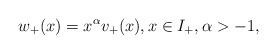
LaTeX: \begin{align*} w_+(x)=x^{\alpha} v_+(x),x\in I_+, \alpha>-1, \end{align*}